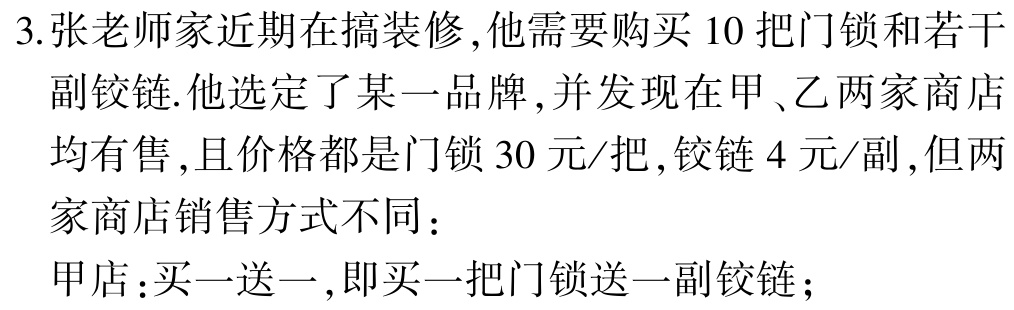
3.张老师家近期在搞装修,他需要购买 10 把门锁和若干
副铰链.他选定了某一品牌,并发现在甲、乙两家商店
均有售,且价格都是门锁 30 元/把,铰链 4 元/副,但两
家商店销售方式不同：
甲店:买一送一,即买一把门锁送一副铰链;